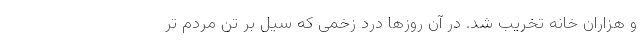
و هزاران خانه تخریب شد. در آن روزها درد زخمی که سیل بر تن مردم تر